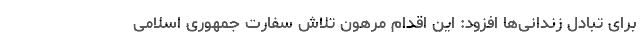
برای تبادل زندانی‌ها افزود: این اقدام مرهون تلاش سفارت جمهوری اسلامی